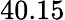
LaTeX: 40.15